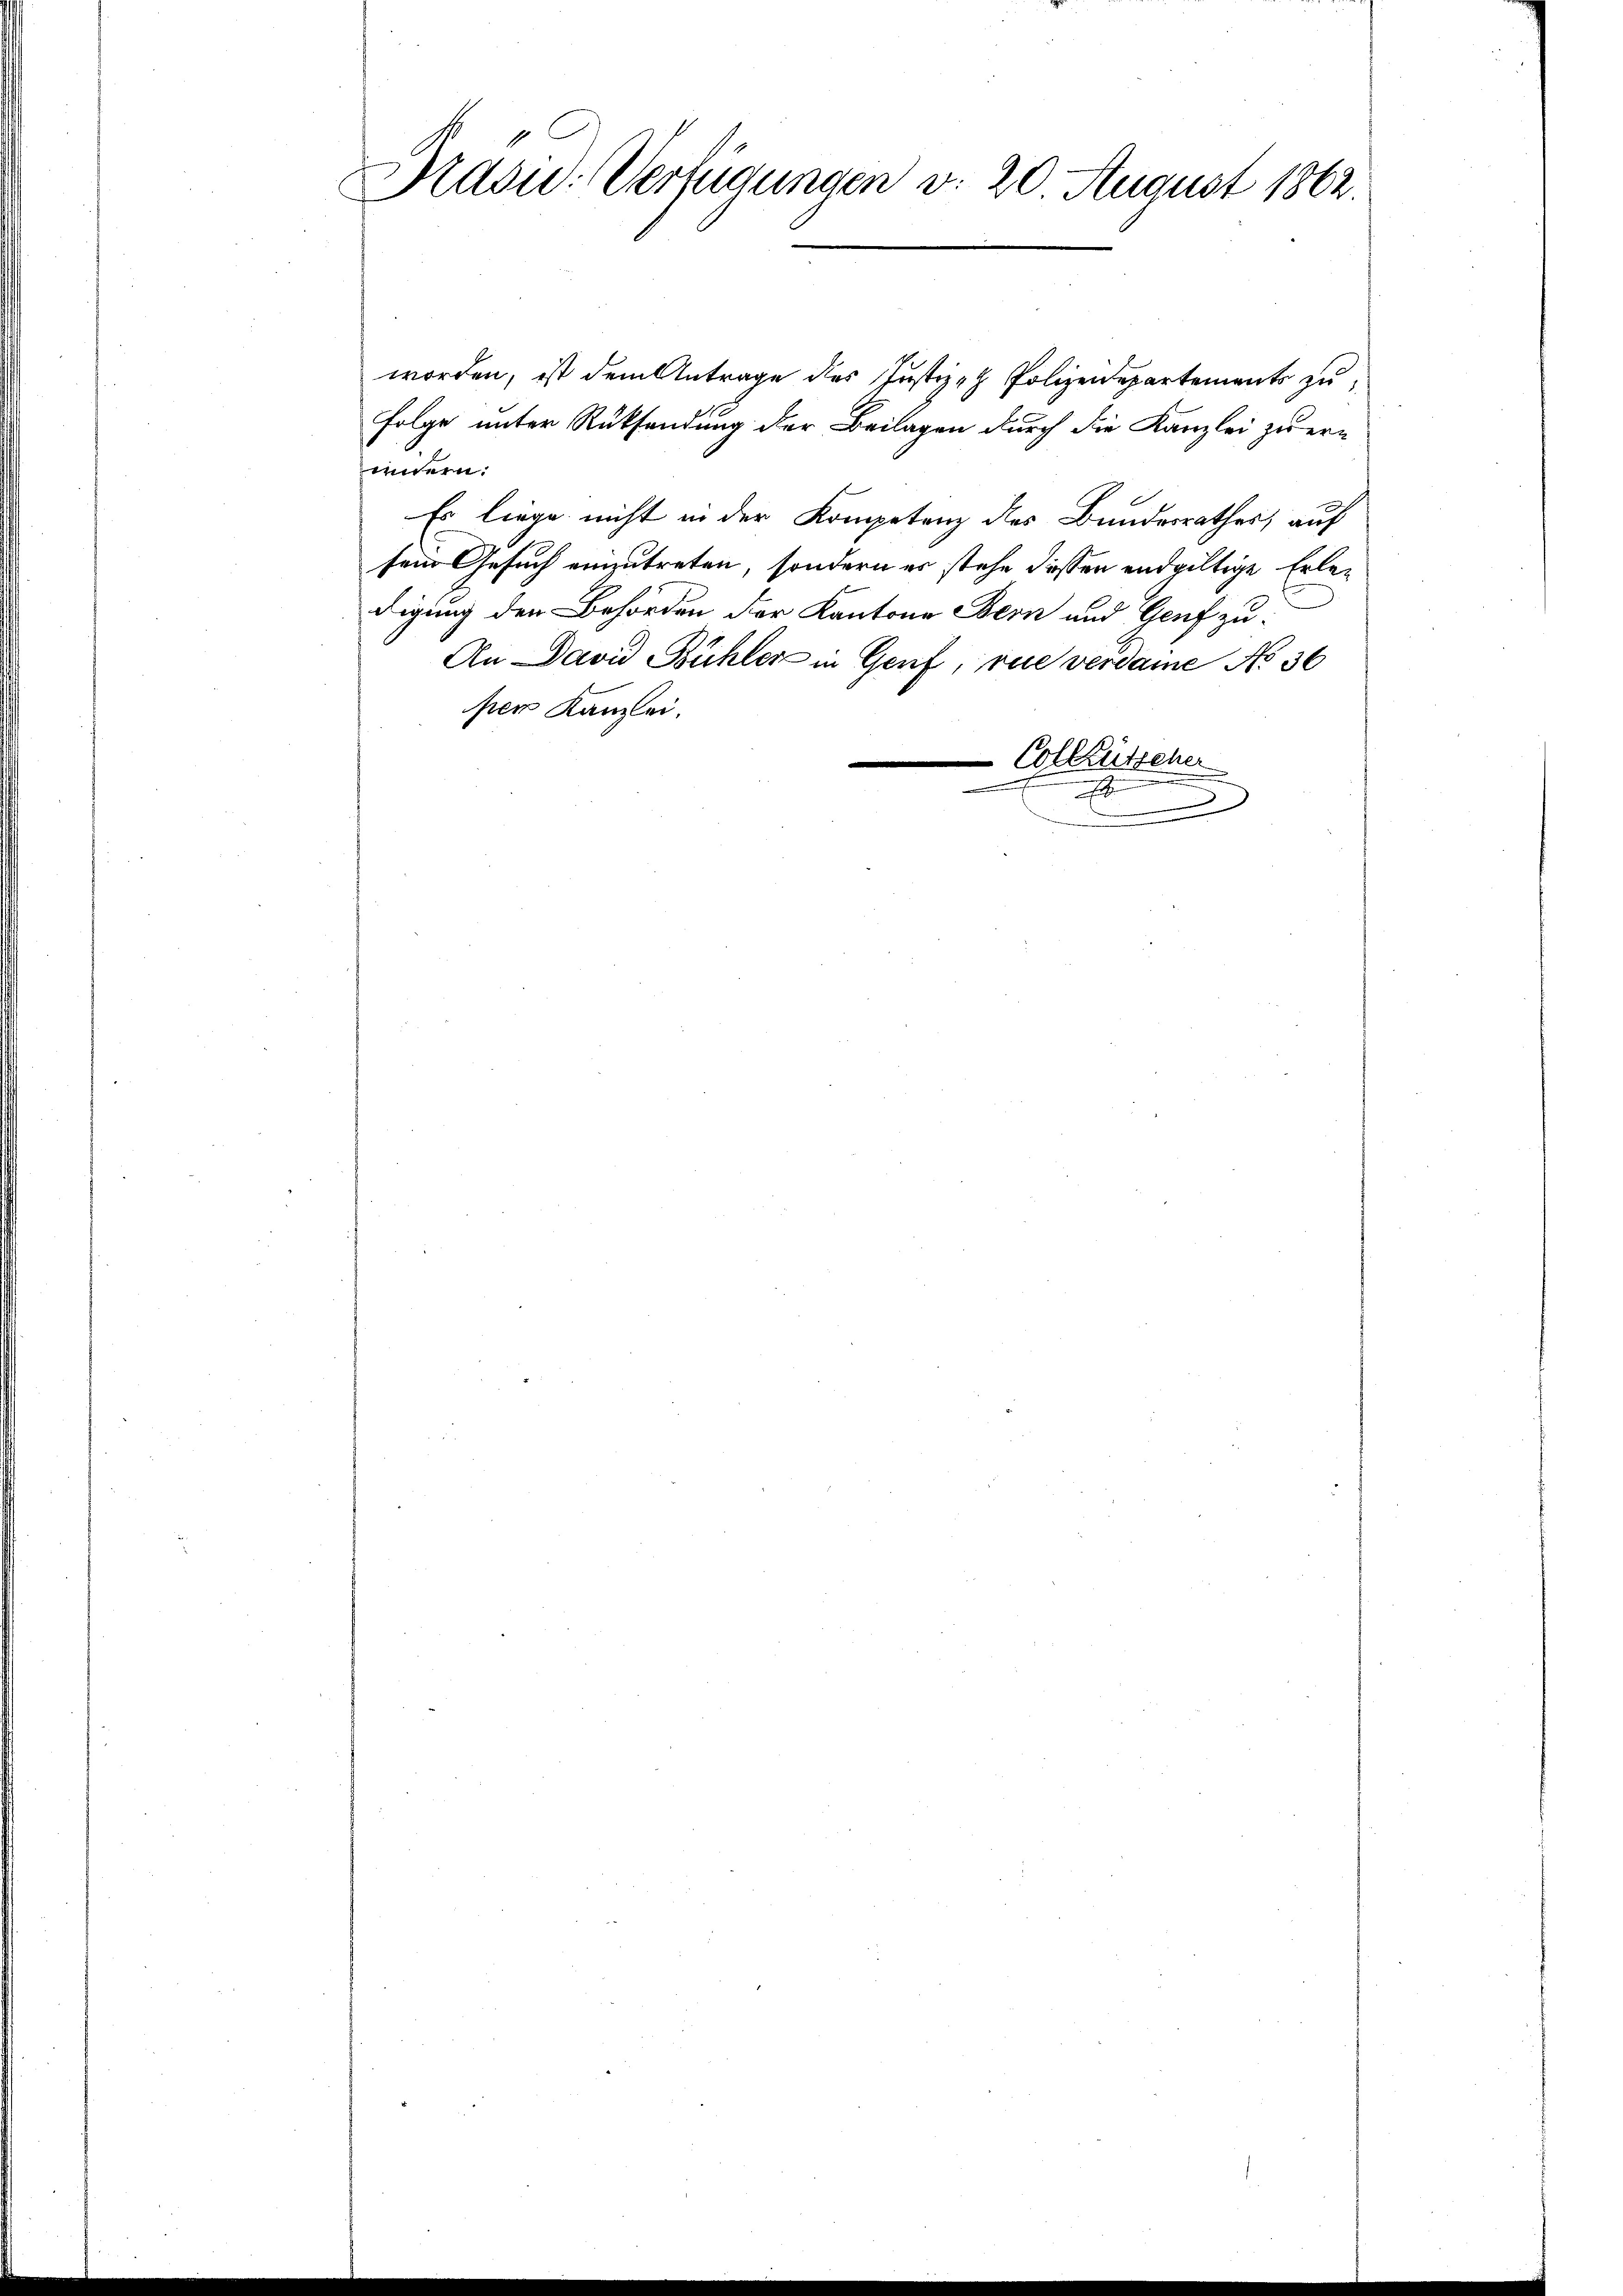
Kasu: Verfügungen v. 20 August 1862.

worden, ist dem Antrage des Justiz- Polizeidepartements zu
Folge unter Rücksendung der Beilagen durch die Kanzlei zu er-
indern.
Es liege nicht in der Kompetenz des Bundesrathes, auf
sem Gesuch einzutreten, sondern es stehe dessen endgültige Erledigung der Behörden der Kantone Bern und Genf zu¬
An David Bühler in Genf, vue verdaine No 36
per Kanzlei.
e
Colktütscher
.
.
.